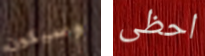
وسيكون احظى